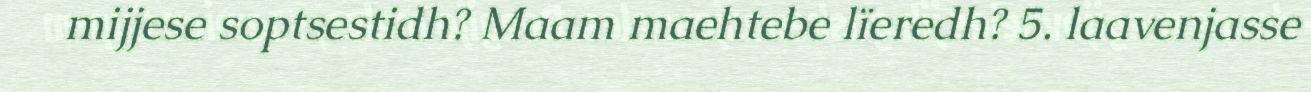
mijjese soptsestidh? Maam maehtebe lïeredh? 5. laavenjasse